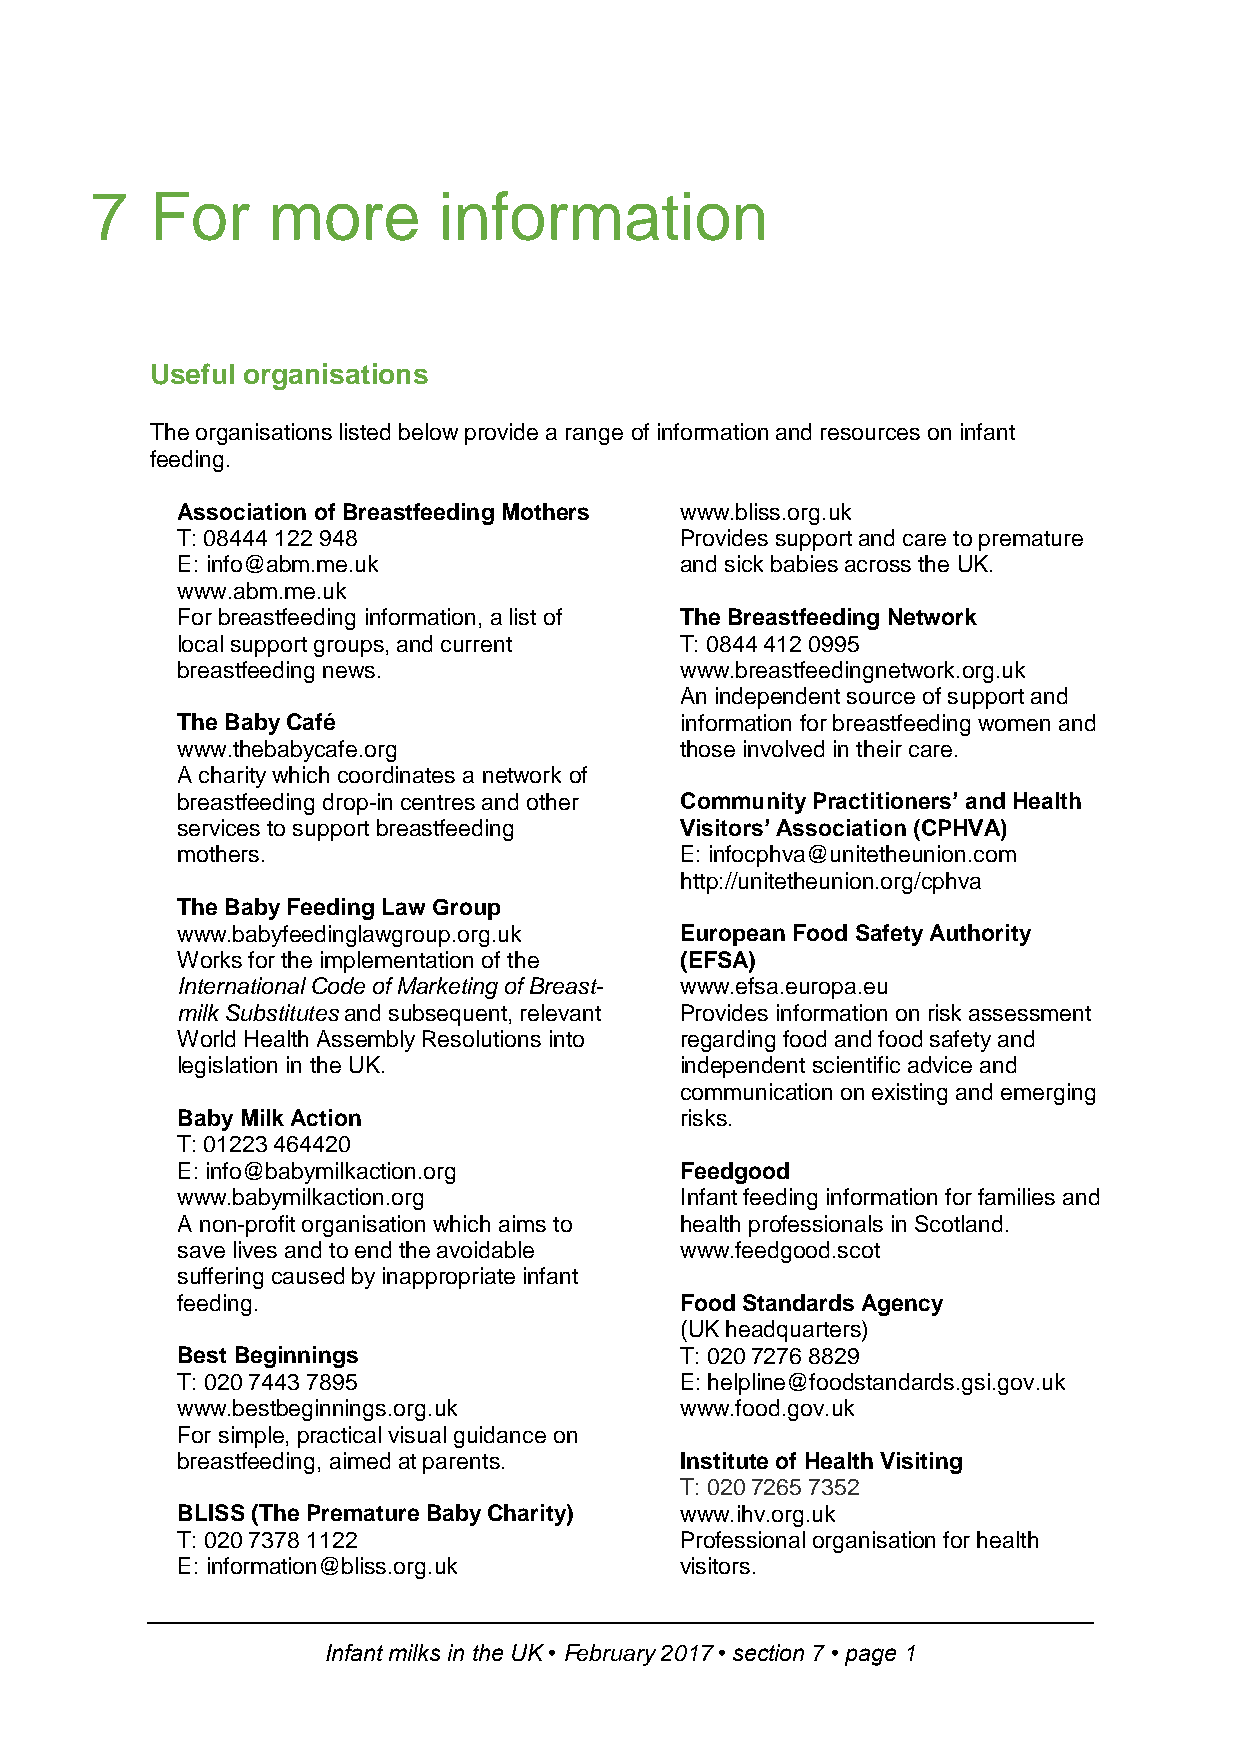
7   For     more       information
 Useful organisations
 The organisations listed below provide a range of information and resources on infant
 feeding.
 Association of Breastfeeding Mothers www.bliss.org.uk
 T: 08444 122 948                 Provides support and care to premature
 E: info@abm.me.uk                and sick babies across the UK.
 www.abm.me.uk
 For breastfeeding information, a list of The Breastfeeding Network
 local support groups, and current T: 0844 412 0995
 breastfeeding news.              www.breastfeedingnetwork.org.uk
 An independent source of support and
 The Baby Café                    information for breastfeeding women and
 www.thebabycafe.org              those involved in their care.
 A charity which coordinates a network of
 breastfeeding drop-in centres and other Community Practitioners’ and Health
 services to support breastfeeding Visitors’ Association (CPHVA)
 mothers.                         E: infocphva@unitetheunion.com
 http://unitetheunion.org/cphva
 The Baby Feeding Law Group
 www.babyfeedinglawgroup.org.uk   European Food Safety Authority
 Works for the implementation of the (EFSA)
 International Code of Marketing of Breast- www.efsa.europa.eu
 milk Substitutes and subsequent, relevant Provides information on risk assessment
 World Health Assembly Resolutions into regarding food and food safety and
 legislation in the UK.           independent scientific advice and
 communication on existing and emerging
 Baby Milk Action                 risks.
 T: 01223 464420
 E: info@babymilkaction.org       Feedgood
 www.babymilkaction.org           Infant feeding information for families and
 A non-profit organisation which aims to health professionals in Scotland.
 save lives and to end the avoidable www.feedgood.scot
 suffering caused by inappropriate infant
 feeding.                         Food Standards Agency
 (UK headquarters)
 Best Beginnings                  T: 020 7276 8829
 T: 020 7443 7895                 E: helpline@foodstandards.gsi.gov.uk
 www.bestbeginnings.org.uk        www.food.gov.uk
 For simple, practical visual guidance on
 breastfeeding, aimed at parents. Institute of Health Visiting
 T: 020 7265 7352
 BLISS (The Premature Baby Charity) www.ihv.org.uk
 T: 020 7378 1122                 Professional organisation for health
 E: information@bliss.org.uk      visitors.
 Infant milks in the UK • February 2017 • section 7 • page 1